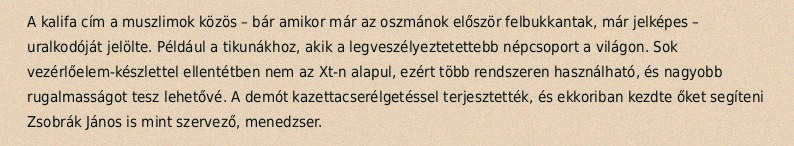
A kalifa cím a muszlimok közös – bár amikor már az oszmánok először felbukkantak, már jelképes – uralkodóját jelölte. Például a tikunákhoz, akik a legveszélyeztetettebb népcsoport a világon. Sok vezérlőelem-készlettel ellentétben nem az Xt-n alapul, ezért több rendszeren használható, és nagyobb rugalmasságot tesz lehetővé. A demót kazettacserélgetéssel terjesztették, és ekkoriban kezdte őket segíteni Zsobrák János is mint szervező, menedzser.